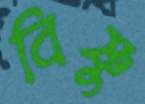
বিষ্ণুু